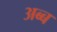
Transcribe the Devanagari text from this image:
अब्ब